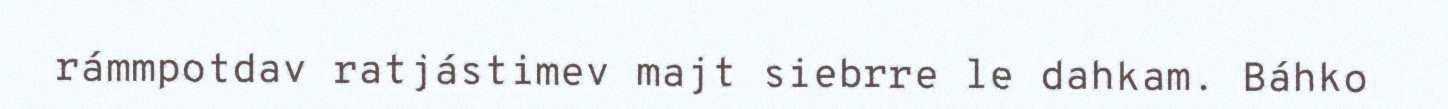
rámmpotdav ratjástimev majt siebrre le dahkam. Báhko